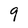
Character: 9